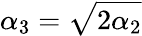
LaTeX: \alpha_{3}=\sqrt{2\alpha_{2}}